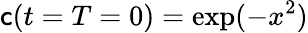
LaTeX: \mathsf{c}(t=T=0)=\exp(-x^{2})